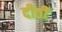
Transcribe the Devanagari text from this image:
दीठी